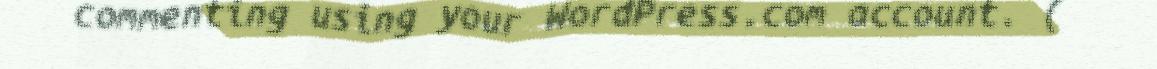
commenting using your WordPress.com account. (